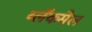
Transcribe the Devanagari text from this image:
ब्लॅकमेल